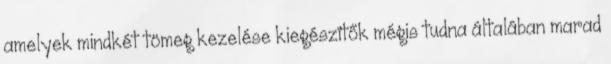
amelyek mindkét tömeg kezelése kiegészítők mégis tudna általában marad